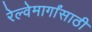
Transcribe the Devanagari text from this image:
रेल्वेमार्गांसाठी